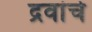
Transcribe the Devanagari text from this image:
द्रवांचे